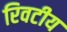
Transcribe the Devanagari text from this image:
रिवटीय